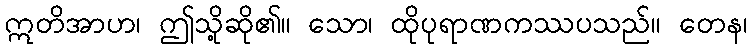
ဣတိအာဟ၊ ဤသို့ဆို၏။ သော၊ ထိုပုရာဏကဿပသည်။ တေန၊